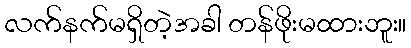
လက်နက်မရှိတဲ့အခါ တန်ဖိုးမထားဘူး။